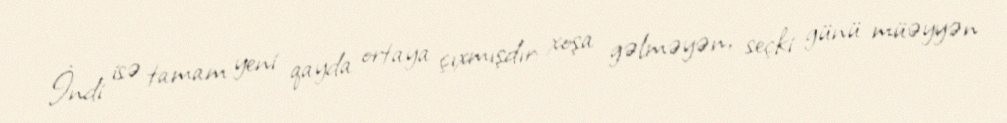
İndi isə tamam yeni qayda ortaya çıxmışdır: xoşa gəlməyən, seçki günü müəyyən